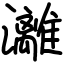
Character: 灕